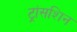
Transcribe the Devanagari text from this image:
ट्रांसशिन